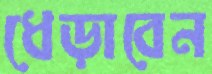
ধেড়াবেন